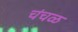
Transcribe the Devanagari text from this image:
चंचळ